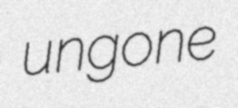
ungone